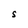
Character: S